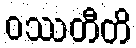
ဝဿတီတိ